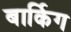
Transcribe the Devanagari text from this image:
बार्किग